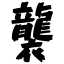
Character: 襲